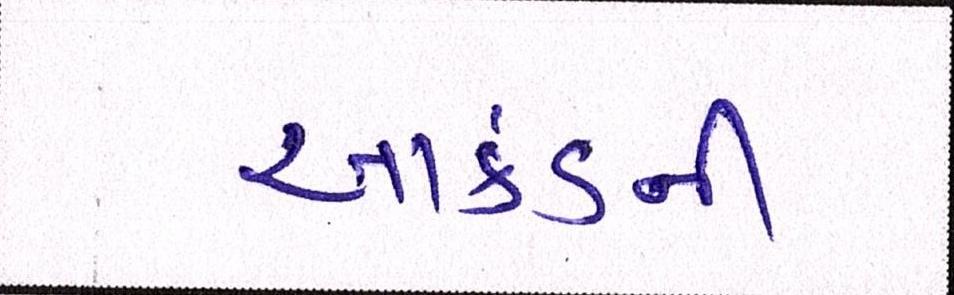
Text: આર્કેડની